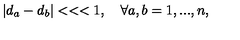
\left| d _ { a } - d _ { b } \right| < < < 1 , \quad \forall a , b = 1 , . . . , n ,